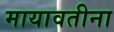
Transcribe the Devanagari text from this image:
मायावतीना